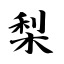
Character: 梨